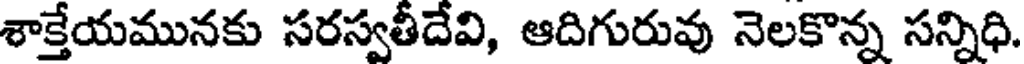
శాక్తేయమునకు సరస్వతీదేవి, ఆదిగురువు నెలకొన్న సన్నిధి.